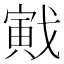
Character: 戭